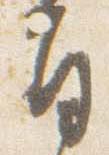
旨